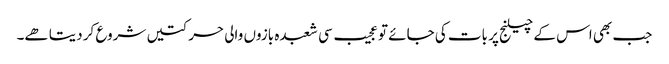
جب بھی اس کے چیلنج پر بات کی جائے تو عجیب سی شعبدہ بازوں والی حرکتیں شروع کر دیتا ھے۔